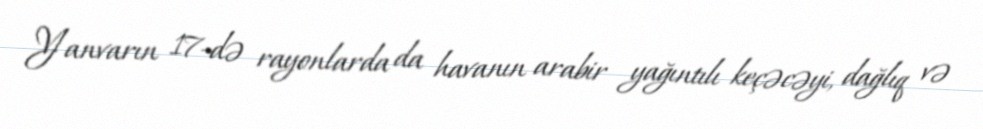
Yanvarın 17-də rayonlarda da havanın arabir yağıntılı keçəcəyi, dağlıq və